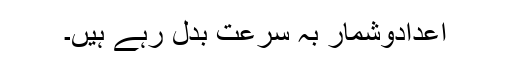
اعدادوشمار بہ سُرعت بدل رہے ہیں۔